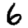
Digit: 6